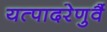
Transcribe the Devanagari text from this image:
यत्पादरेणुर्वै